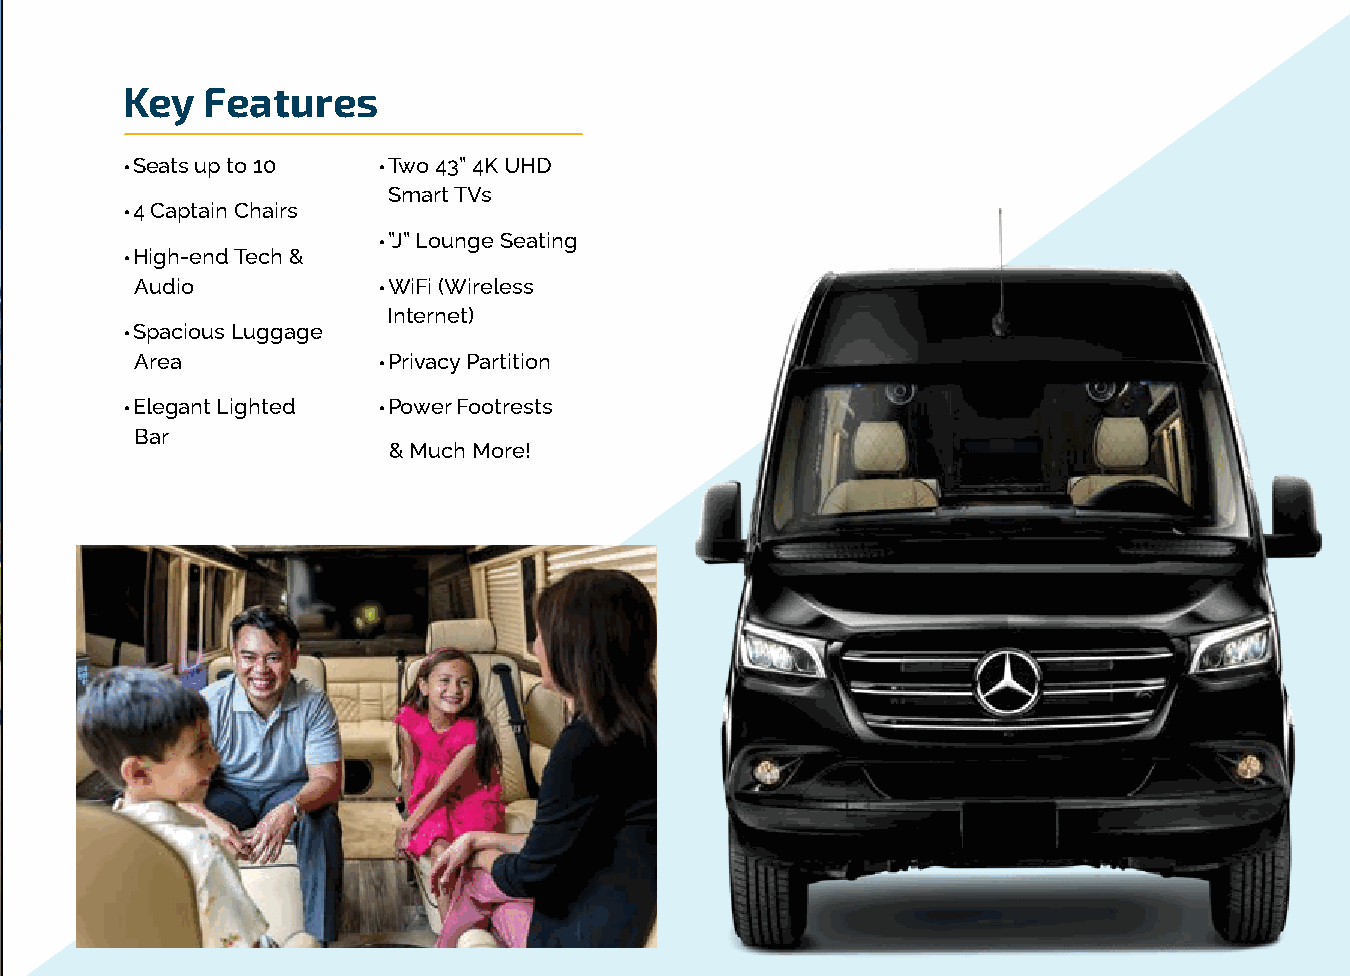
Key  Features
 •Seats up to 10  •Two 43” 4K UHD
 Smart TVs
 •4 Captain Chairs
 •”J” Lounge Seating
 •High-end Tech &
 Audio           •WiFi (Wireless
 Internet)
 •Spacious Luggage
 Area            •Privacy Partition
 •Elegant Lighted •Power Footrests
 Bar
 & Much More!